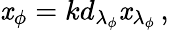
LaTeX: \mathit{x}_{\phi}=kd_{\lambda_{\phi}}\mathit{x}_{\lambda_{\phi}}\, ,